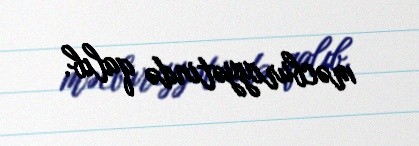
məcburiyyətində qalıb.